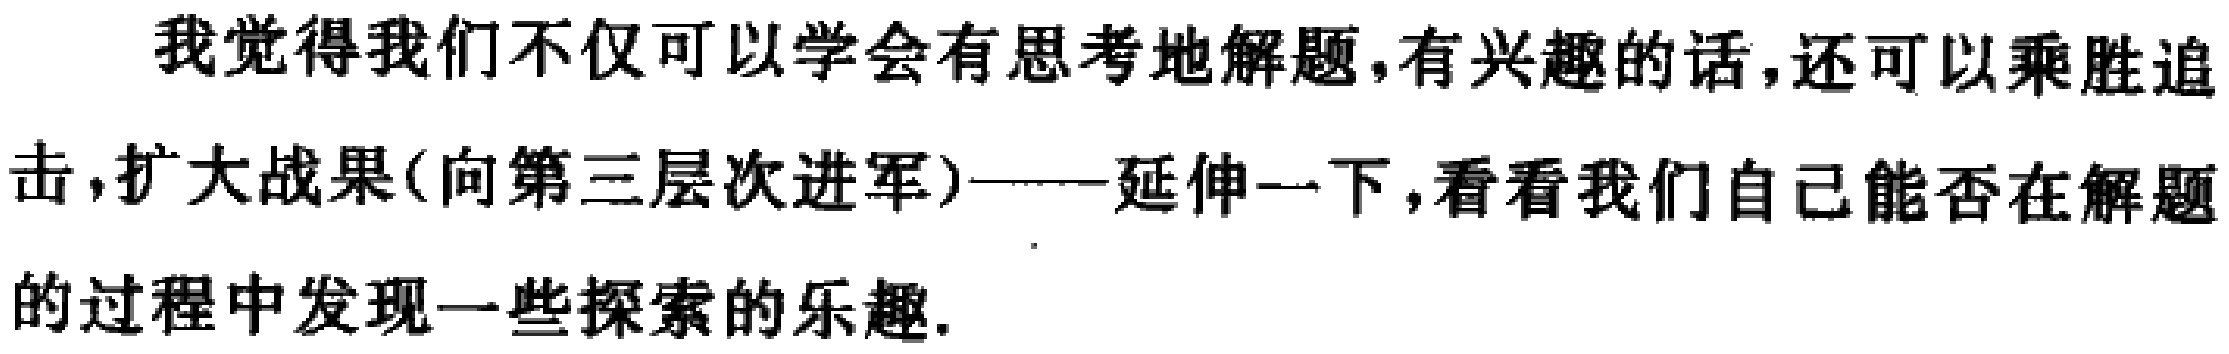
我觉得我们不仅可以学会有思考地解题,有兴趣的话,还可以乘胜追击,扩大战果(向第三层次进军)——延伸一下,看看我们自己能否在解题的过程中发现一些探索的乐趣.